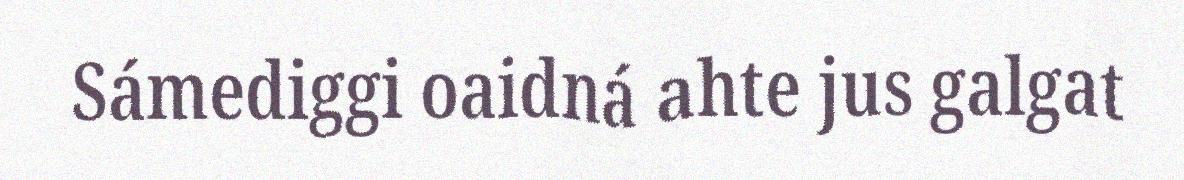
Sámediggi oaidná ahte jus galgat